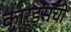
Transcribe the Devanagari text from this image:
कार्ड्सची